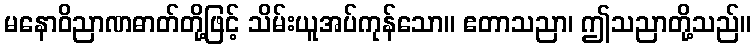
မနောဝိညာဏဓာတ်တို့ဖြင့် သိမ်းယူအပ်ကုန်သော။ ဧတာသညာ၊ ဤသညာတို့သည်။